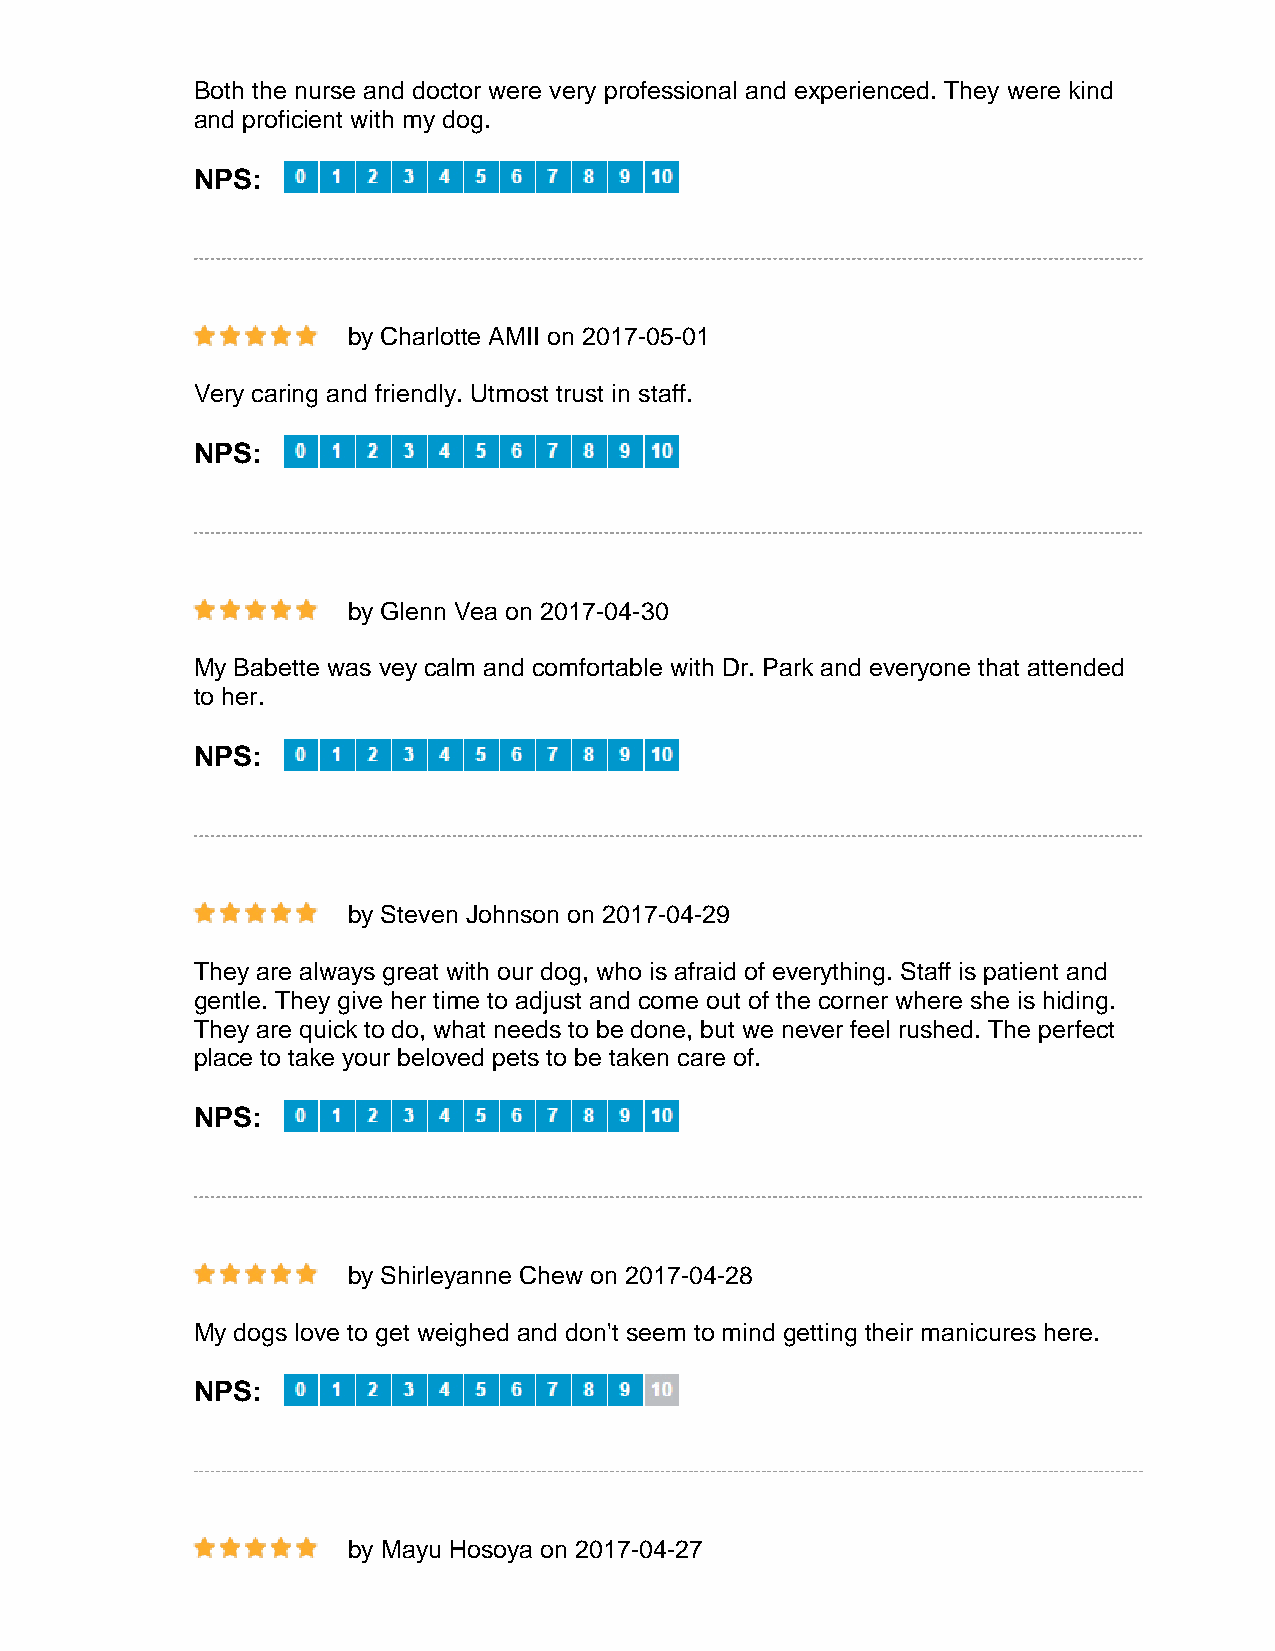
Both the nurse and doctor were very professional and experienced. They were kind
 and proficient with my dog.
 NPS:
 by Charlotte AMII on 2017-05-01
 Very caring and friendly. Utmost trust in staff.
 NPS:
 by Glenn Vea on 2017-04-30
 My Babette was vey calm and comfortable with Dr. Park and everyone that attended
 to her.
 NPS:
 by Steven Johnson on 2017-04-29
 They are always great with our dog, who is afraid of everything. Staff is patient and
 gentle. They give her time to adjust and come out of the corner where she is hiding.
 They are quick to do, what needs to be done, but we never feel rushed. The perfect
 place to take your beloved pets to be taken care of.
 NPS:
 by Shirleyanne Chew on 2017-04-28
 My dogs love to get weighed and don't seem to mind getting their manicures here.
 NPS:
 by Mayu Hosoya on 2017-04-27